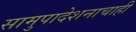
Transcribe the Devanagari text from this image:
सामुपादेशनाचाही